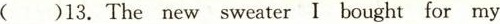
()13.The new sweater I bought for my